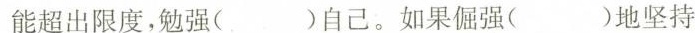
能超出限度，勉强( )自己。如果倔强( )地坚持